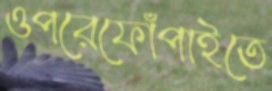
ওপরেফোঁপাইতে